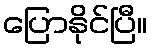
ပြောနိုင်ပြီ။